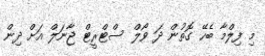
މި ފިލްމާ ބެހޭ ގޮތުން ދަ ވޯލް ސްޓްރީޓް ޖާނަލް އަށް ދިން